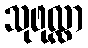
သုဖုလ္လာ